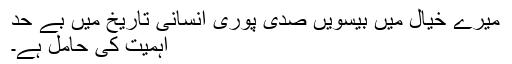
میرے خیال میں بیسویں صدی پوری انسانی تاریخ میں بے حد
اہمیت کی حامل ہے۔